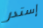
إستدر